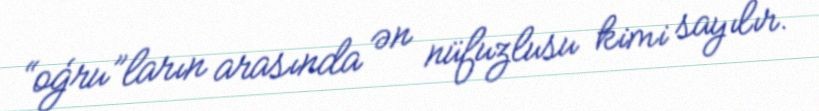
“oģru”ların arasında ən nüfuzlusu kimi sayılır.